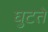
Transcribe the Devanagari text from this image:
घुटते